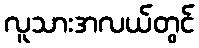
လူသားအလယ်တွင်